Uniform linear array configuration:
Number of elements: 16
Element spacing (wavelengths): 0.5
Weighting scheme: uniform
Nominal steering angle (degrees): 60
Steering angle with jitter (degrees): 61.215
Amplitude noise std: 0.05
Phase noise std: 0.05

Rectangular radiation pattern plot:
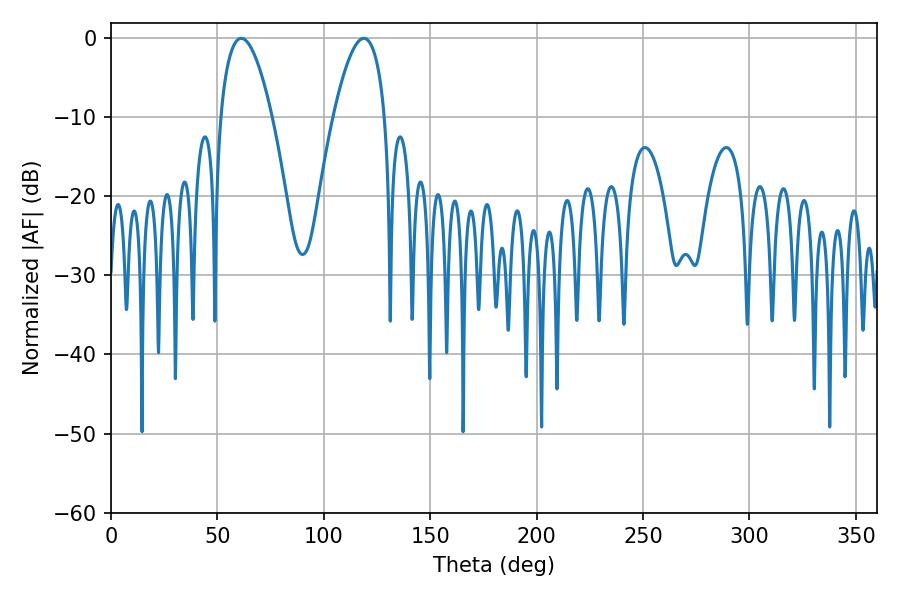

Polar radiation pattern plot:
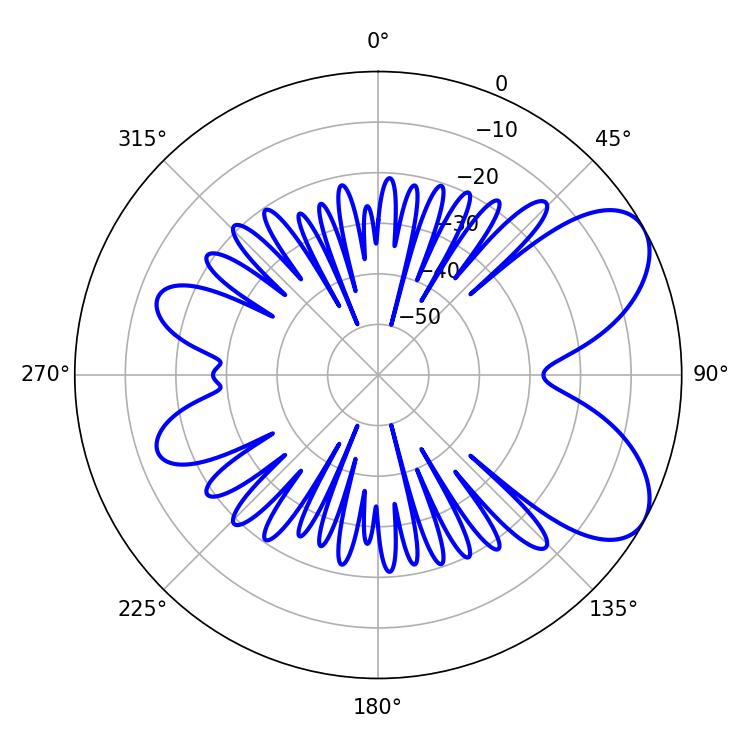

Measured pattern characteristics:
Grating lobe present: FALSE
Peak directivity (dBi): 6.684
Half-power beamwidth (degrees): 13.32
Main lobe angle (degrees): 61.2